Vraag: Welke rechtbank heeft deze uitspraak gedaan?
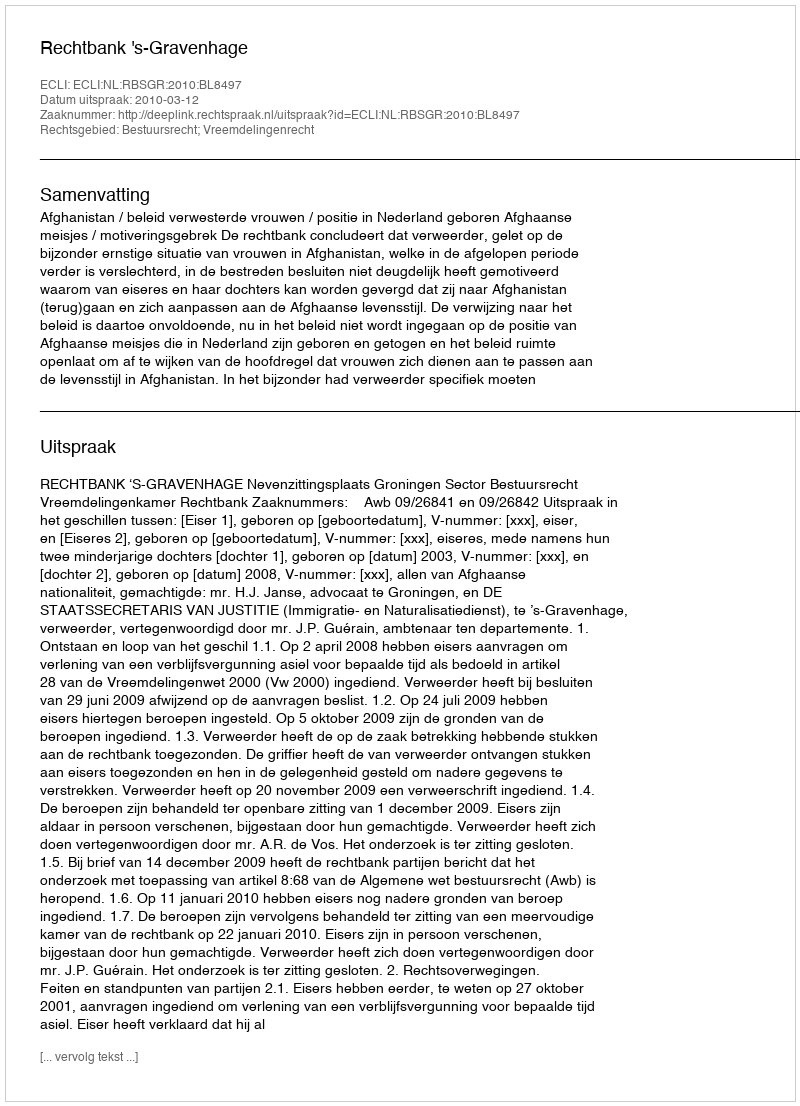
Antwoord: Rechtbank 's-Gravenhage